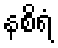
နစိရံ